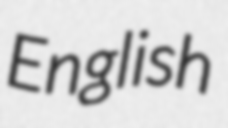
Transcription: English